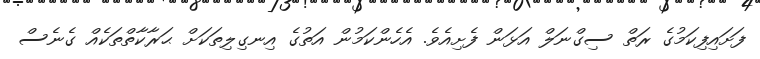
ފަށައިފިކަމުގެ ރަތް ސިގްނަލް އަޅަން ފެށިއެވެ. އެހެންކަމުން އަތުގެ އިނގިލިތަކަށް ޙަރާކާތްތަކެއް ގެނެސް